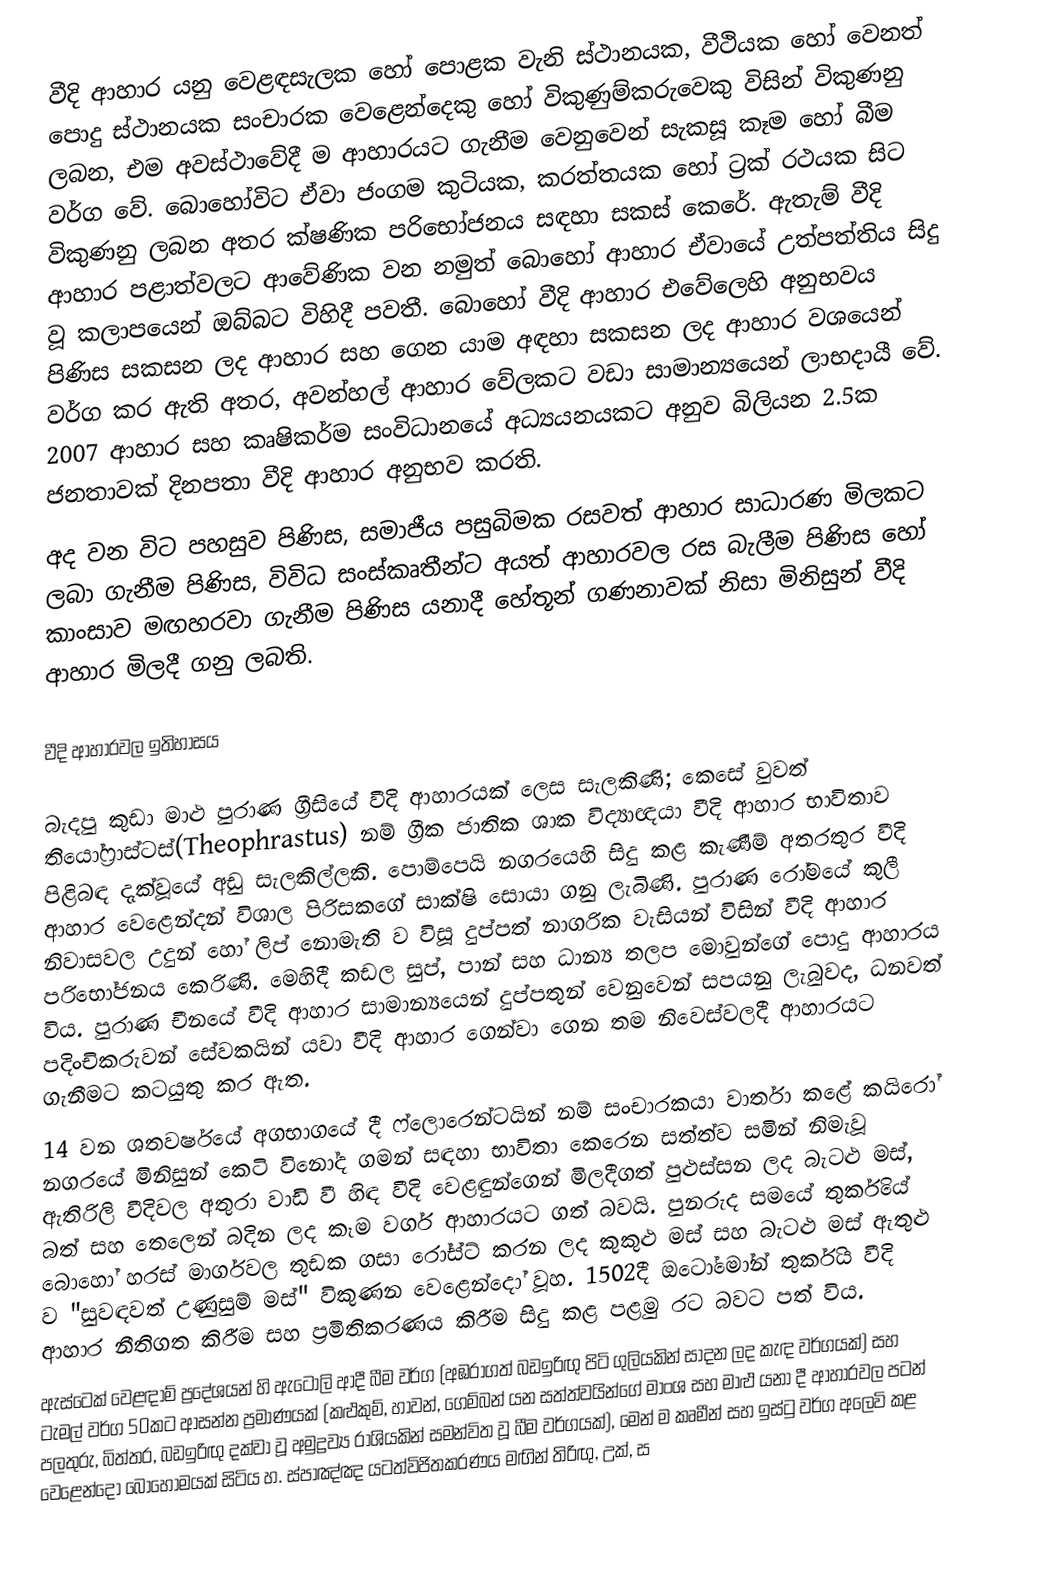
වීදි ආහාර යනු වෙළඳසැලක හෝ පොළක වැනි ස්ථානයක, වීථියක හෝ වෙනත් පොදු ස්ථානයක සංචාරක වෙළෙන්දෙකු හෝ විකුණුම්කරුවෙකු විසින් විකුණනු ලබන, එම අවස්ථාවේදී ම ආහාරයට ගැනීම වෙනුවෙන් සැකසූ කෑම හෝ බීම වර්ග වේ. බොහෝවිට ඒවා ජංගම කුටියක, කරත්තයක හෝ ට්‍රක් රථයක සිට විකුණනු ලබන අතර ක්ෂණික පරිභෝජනය සඳහා සකස් කෙරේ. ඇතැම් වීදි ආහාර පළාත්වලට ආවේණික වන නමුත් බොහෝ ආහාර ඒවායේ උත්පත්තිය සිදු වූ කලාපයෙන් ඔබ්බට විහිදී පවතී. බොහෝ වීදි ආහාර එවේලෙහි අනුභවය පිණිස සකසන ලද ආහාර සහ ගෙන යාම අඳහා සකසන ලද ආහාර වශයෙන් වර්ග කර ඇති අතර, අවන්හල් ආහාර වේලකට වඩා සාමාන්‍යයෙන් ලාභදායී වේ. 2007 ආහාර සහ කෘෂිකර්ම සංවිධානයේ අධ්‍යයනයකට අනුව බිලියන 2.5ක ජනතාවක් දිනපතා වීදි ආහාර අනුභව කරති.
අද වන විට පහසුව පිණිස, සමාජීය පසුබිමක රසවත් ආහාර සාධාරණ මිලකට ලබා ගැනීම පිණිස, විවිධ සංස්කෘතීන්ට අයත් ආහාරවල රස බැලීම පිණිස හෝ කාංසාව මඟහරවා ගැනීම පිණිස යනාදී හේතූන් ගණනාවක් නිසා මිනිසුන් වීදි ආහාර මිලදී ගනු ලබති.

					වීදි ආහාරවල ඉතිහාසය

බැදපු කුඩා මාළු පුරාණ ග්‍රීසියේ වීදි ආහාරයක් ලෙස සැලකිණි; කෙසේ වුවත් තියෝෆ්‍රාස්ටස්(Theophrastus) නම් ග්‍රීක ජාතික ශාක විද්‍යාඥයා වීදි ආහාර භාවිතාව පිළිබඳ දැක්වූයේ අඩු සැලකිල්ලකි. පොම්පෙයි නගරයෙහි සිදු කළ කැණීම් අතරතුර වීදි ආහාර වෙළෙන්දන් විශාල පිරිසකගේ සාක්ෂි සොයා ගනු ලැබිණි. පුරාණ රෝමයේ කුලී නිවාසවල උදුන් හෝ ලිප් නොමැති ව විසූ දුප්පත් නාගරික වැසියන් විසින් වීදි ආහාර පරිභෝජනය කෙරිණි. මෙහිදී කඩල සුප්, පාන් සහ ධාන්‍ය තලප මොවුන්ගේ පොදු ආහාරය විය. පුරාණ චීනයේ වීදි ආහාර සාමාන්‍යයෙන් දුප්පතුන් වෙනුවෙන් සපයනු ලැබුවද, ධනවත් පදිංචිකරුවන් සේවකයින් යවා වීදි ආහාර ගෙන්වා ගෙන තම නිවෙස්වලදී ආහාරයට ගැනීමට කටයුතු කර ඇත.
14 වන ශතවර්ෂයේ අගභාගයේ දී ෆ්ලොරෙන්ටයින් නම් සංචාරකයා වාර්තා කළේ කයිරෝ නගරයේ මිනිසුන් කෙටි විනෝද ගමන් සඳහා භාවිතා කෙරෙන සත්ත්ව සමින් නිමැවූ ඇතිරිලි වීදිවල අතුරා වාඩි වී හිඳ වීදි වෙළඳුන්ගෙන් මිලදීගත් පුළුස්සන ලද බැටළු මස්, බත් සහ තෙලෙන් බදින ලද කෑම වර්ග ආහාරයට ගත් බවයි. පුනරුද සමයේ තුර්කියේ බොහෝ හරස් මාර්ගවල තුඩක ගසා රෝස්ට් කරන ලද කුකුළු මස් සහ බැටළු මස් ඇතුළු ව "සුවඳවත් උණුසුම් මස්" විකුණන වෙළෙන්දෝ වූහ. 1502දී ඔටෝමෝන් තුර්කිය වීදි ආහාර නීතිගත කිරීම සහ ප්‍රමිතිකරණය කිරීම සිදු කළ පළමු රට බවට පත් විය.
ඇස්ටෙක් වෙළඳාම් ප්‍රදේශයන් හි ඇටොලි ආදී බීම වර්ග (අඹරාගත් බඩඉරිඟු පිටි ගුලියකින් සාදන ලද කැඳ වර්ගයක්) සහ ටැමල් වර්ග 50කට ආසන්න ප්‍රමාණයක් (කළුකුම්, හාවන්, ගෙම්බන් යන සත්ත්වයින්ගේ මාංශ සහ මාළු යනා දී ආහාරවල පටන් පලතුරු, බිත්තර, බඩඉරිඟු දක්වා වූ අමුද්‍රව්‍ය රාශියකින් සමන්විත වූ බීම වර්ගයක්), මෙන් ම කෘමීන් සහ ඉස්ටු වර්ග අලෙවි කළ වෙළෙන්දෝ බොහොමයක් සිටිය හ. ස්පාඤ්ඤ යටත්විජිතකරණය මඟින් තිරිඟු, උක්, ස